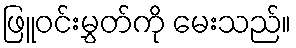
ဖြူဝင်းမွှတ်ကို မေးသည်။